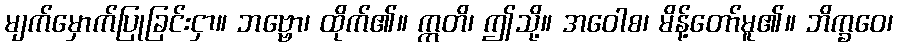
မျက်မှောက်ပြုခြင်းငှာ။ ဘဗ္ဗော၊ ထိုက်၏။ ဣတိ၊ ဤသို့။ အဝေါစ၊ မိန့်တော်မူ၏။ ဘိက္ခဝေ၊